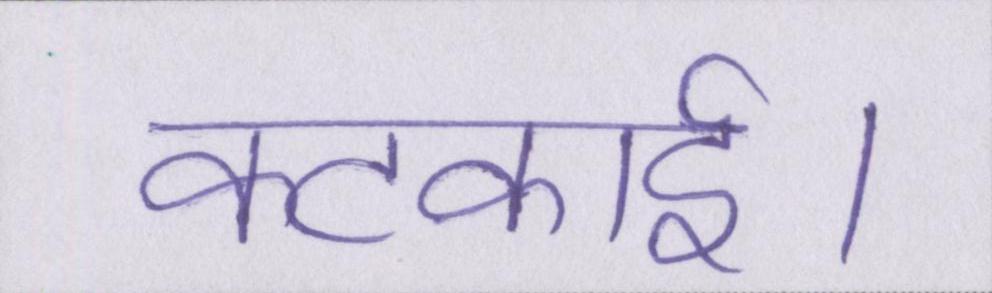
कटकाई।